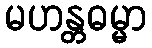
မဟန္တဓမ္မာ